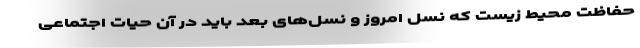
حفاظت محیط زیست که نسل امروز و نسل‌های بعد باید در آن حیات اجتماعی